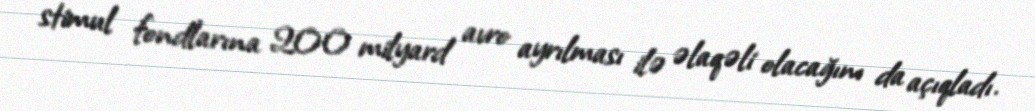
stimul fondlarına 200 milyard avro ayrılması ilə əlaqəli olacağını da açıqladı.